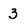
Character: 3